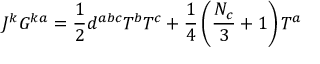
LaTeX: J ^ { k } G ^ { k a } = \frac 1 2 d ^ { a b c } T ^ { b } T ^ { c } + \frac 1 4 \left( \frac { N _ { c } } 3 + 1 \right) T ^ { a }